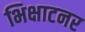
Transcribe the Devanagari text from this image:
भिक्षाटनर